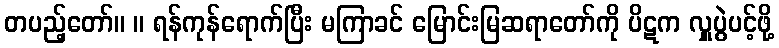
တပည့်တော်။ ။ ရန်ကုန်ရောက်ပြီး မကြာခင် မြောင်းမြဆရာတော်ကို ပိဋက လှူပွဲပင့်ဖို့